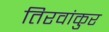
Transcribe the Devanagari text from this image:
तिरवांकुर